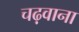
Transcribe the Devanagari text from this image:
चढ़वाना